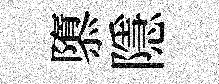
隳隱